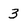
Character: 3